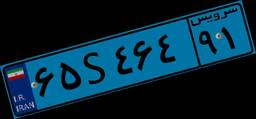
۵۷S۷۸۰۰۹